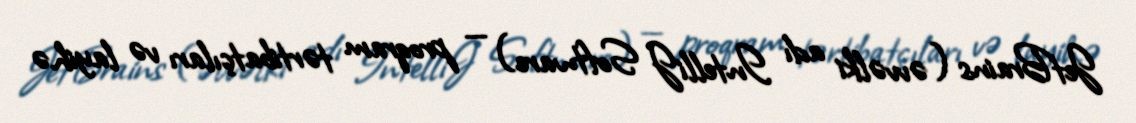
JetBrains (əvvəlki adı IntelliJ Software) — proqram tərtibatçıları və layihə